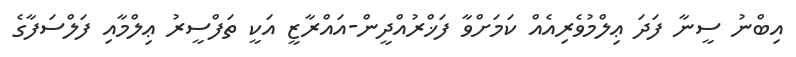
އިބްނު ސީނާ ފަދަ ޢިލްމުވެރިއެއް ކަމަށްވާ ފަޚްރުއްދީން-އައްރާޒީ އަކީ ތަފްސީރު ޢިލްމާއި ފަލްސަފާގެ